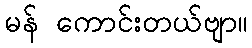
မန် ကောင်းတယ်ဗျာ။